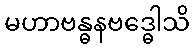
မဟာဗန္ဓနဗဒ္ဓေါသိ